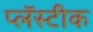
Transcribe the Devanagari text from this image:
प्लॅस्टीक